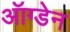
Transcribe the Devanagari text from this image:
ऑग्डेन